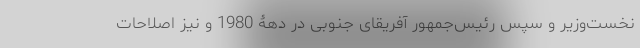
نخست‌وزیر و سپس رئیس‌جمهور آفریقای جنوبی در دهۀ 1980 و نیز اصلاحات